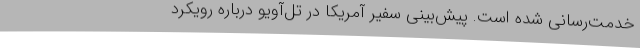
خدمت‌رسانی شده است. پیش‌بینی سفیر آمریکا در تل‌آویو درباره رویکرد